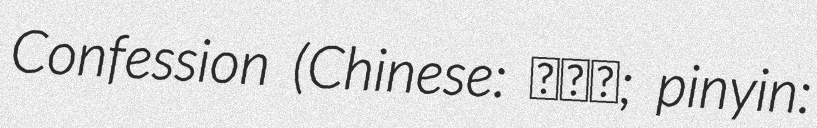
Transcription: Confession (Chinese: 謎之音; pinyin: